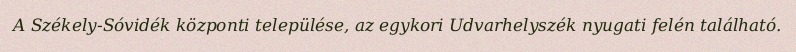
A Székely-Sóvidék központi települése, az egykori Udvarhelyszék nyugati felén található.